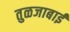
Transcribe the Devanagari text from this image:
तुळजाबाई